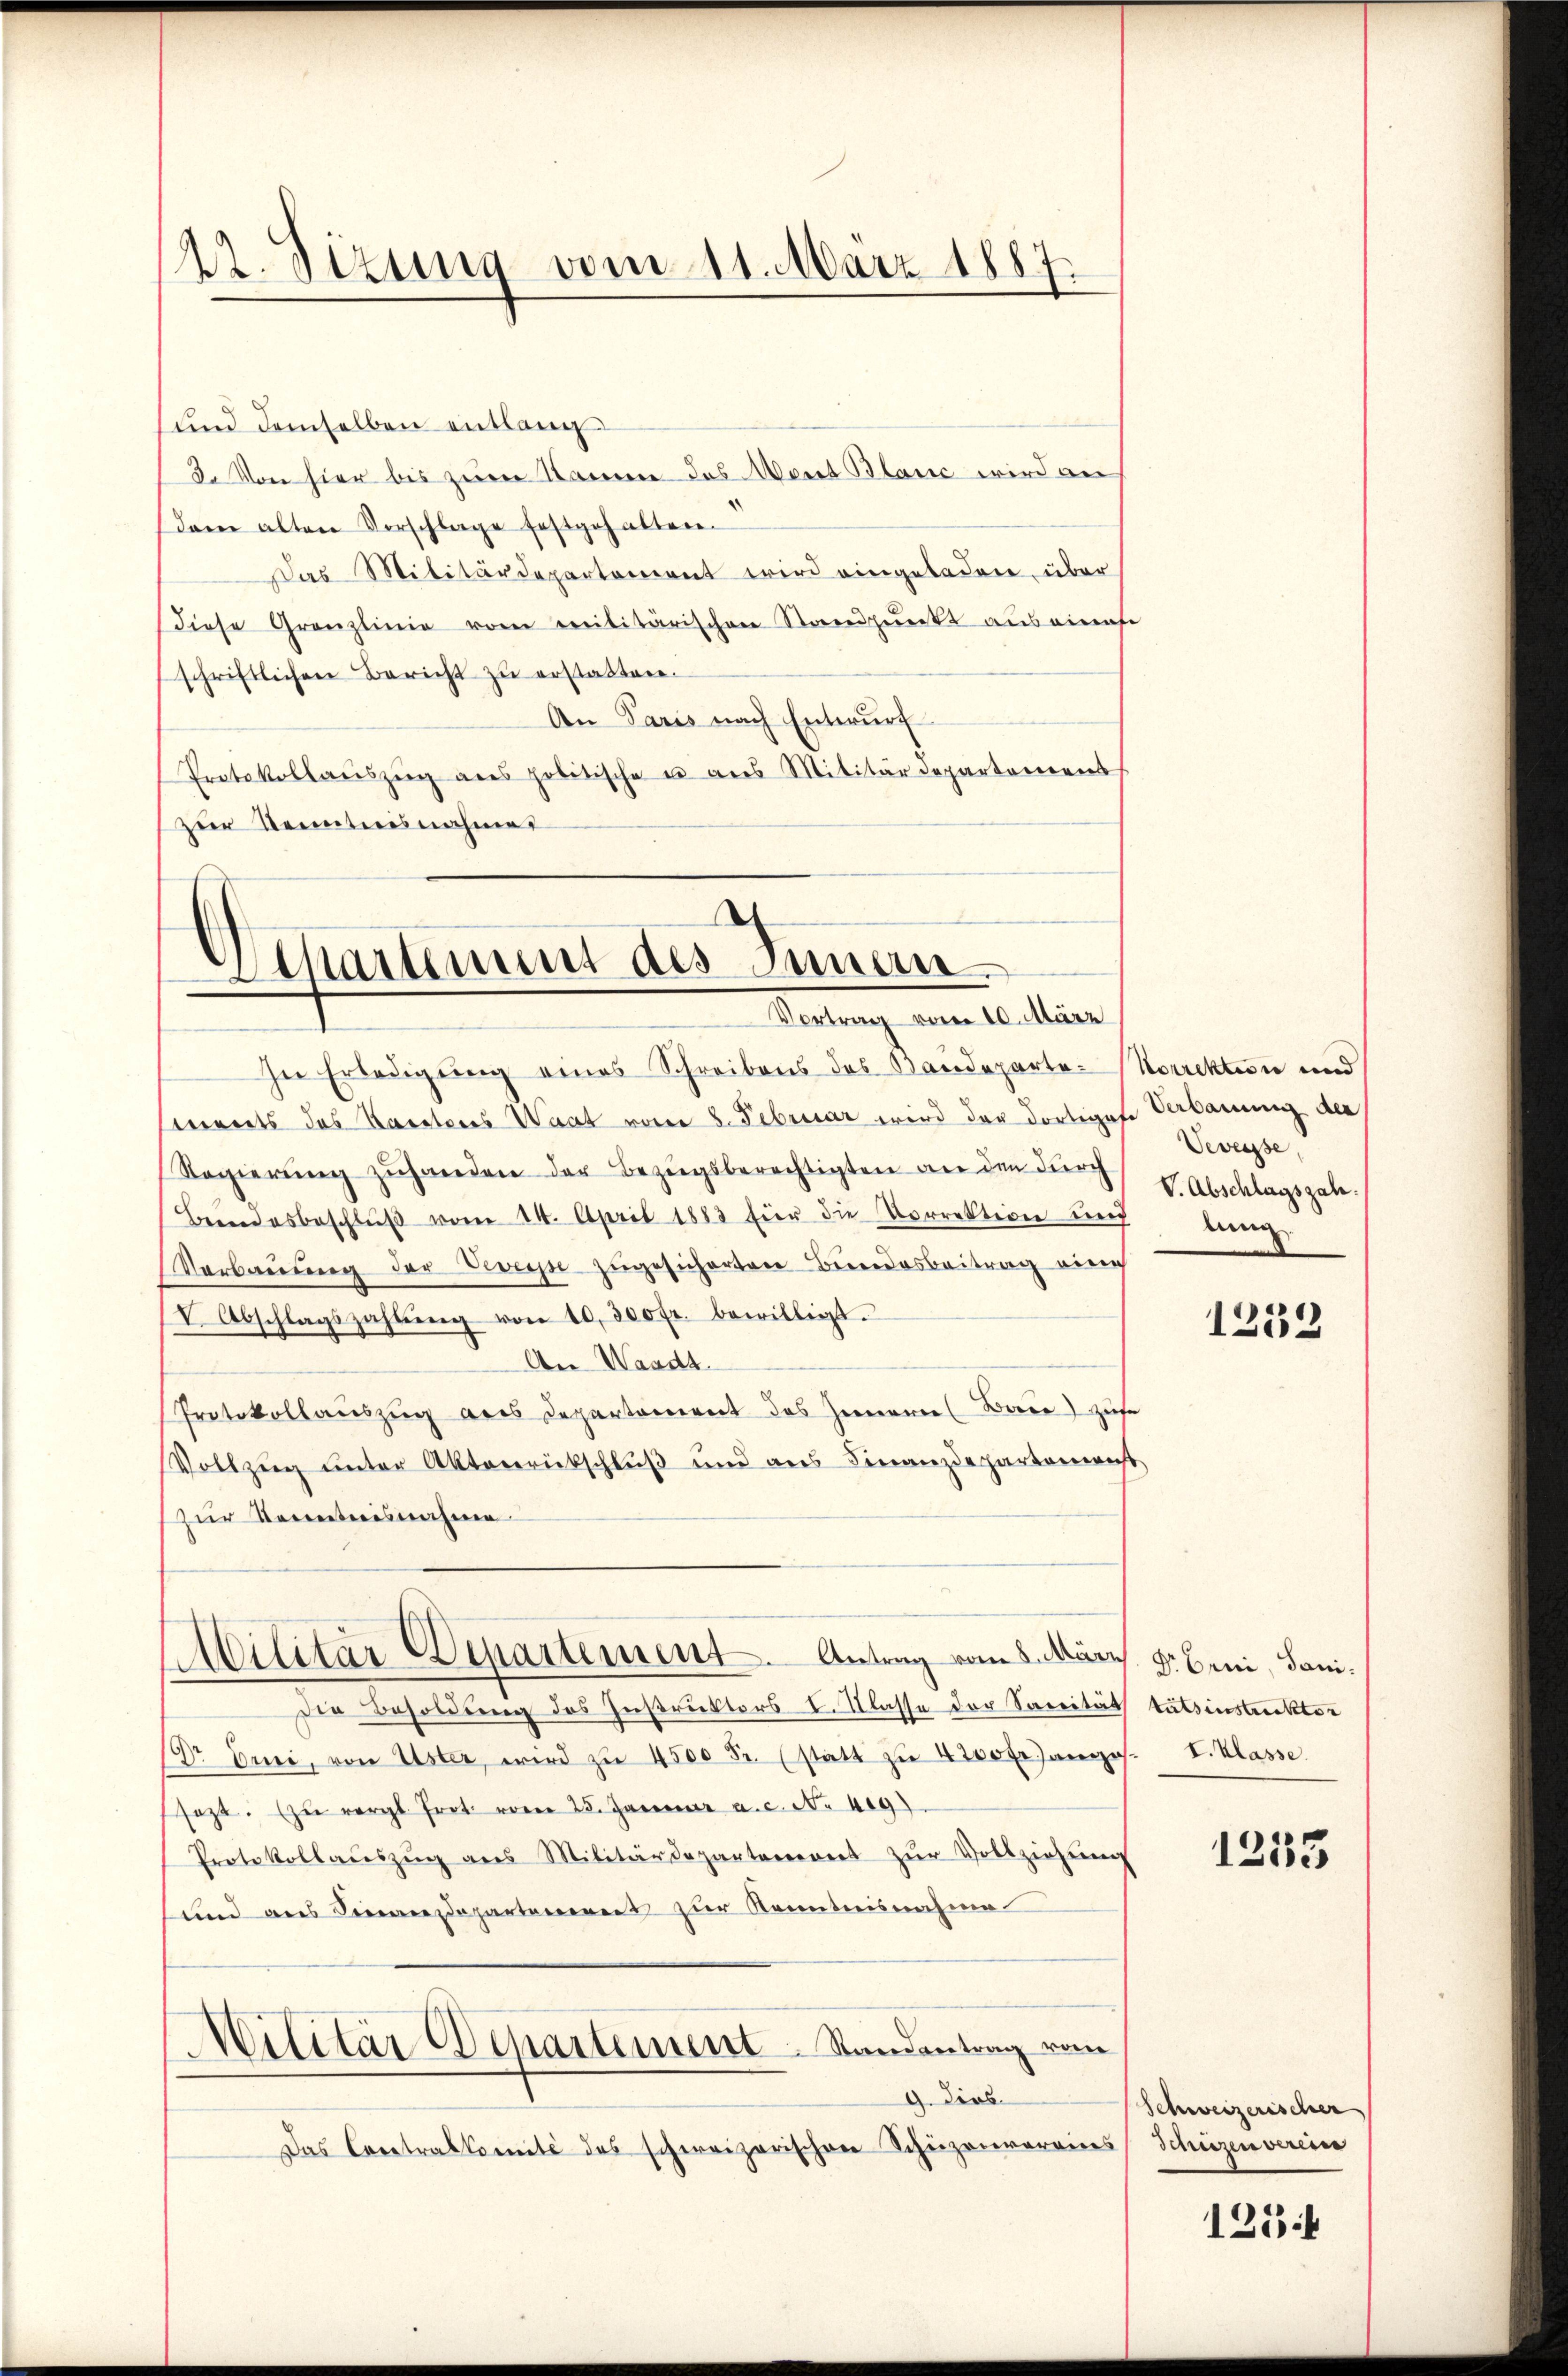
Kt. Sizung vom 11. März 1887.

und demselben entlang
3. Von hier bis zum Namen das Wert Blanc wird au
dam alten Vorschlage festgehalten.
Das Militärdepartement wird eingeladen, über
diese Granzlinie vom Militärischen Standpunkt aus einahe
schriftlichen Bericht zŭ erstatten.
An Paris nach Entwurf
Protokollaŭszŭg ans politische u aus Militärdepartamens
zur Kenntnisnahmen

Departement des Innen
Vortrag vom 10. März

In Erledigung eines Schreibens des Baudeparte-Norrektion und
monts das Karatores Waat vom 8. Februar wird der dortiges Verbauung der
Regierŭng zuhanden der Bezugsberechtigten an den durch
Beendesbeschlŭβ vom 14. April 1883 für die Vorrektion und
Verbaŭŭng der Zweise zŭgesicherten Bundesbeitrag einig
V. Abschlagszahlŭng von 10,300 fr. bewilligt.
Aer Waadt
Protokollauszug aus Departariiret des Gemarie (Bace) zufe
Vollzug unter Aktenrückschluß und aus Finanzdepartenwicht
(zur Kenntnisnahme
Militar Departement. Antrag vom 8. März. Dr. Beni, Sani¬
Die Besoldung des Instruktors I. Klasse der Sanität tatsinstruktor
Dr Erni, von Uster, wird zŭ 4500 Fr. (statt zu 4200 Fr. anges. I. Klasse
sezt. zŭ vergl. Prot. vom 25. Januar a. c. N. 449).
Protokollaŭszŭg ans Militärdepartement zŭr Vollziehŭng
und aus Fierzdepartarierent zur Kenntnisnahme
Militär Departement-Standentrag vom
9. Dies
Das Ceretralkomité des schweizerischen Schüzenvereins Schüzen verein

Veveysse,
V. Abschlagszah
lung

1232

1235

Schweizerischer

1254